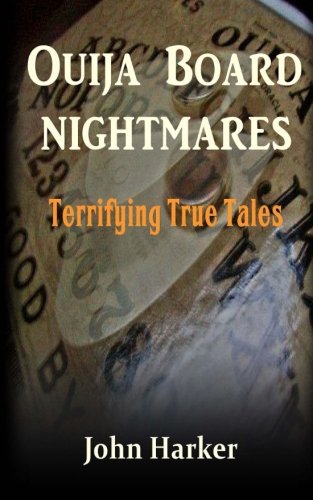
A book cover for Ouija Board Nightmares: Terrifying True Tales; John Harker; Religion & Spirituality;